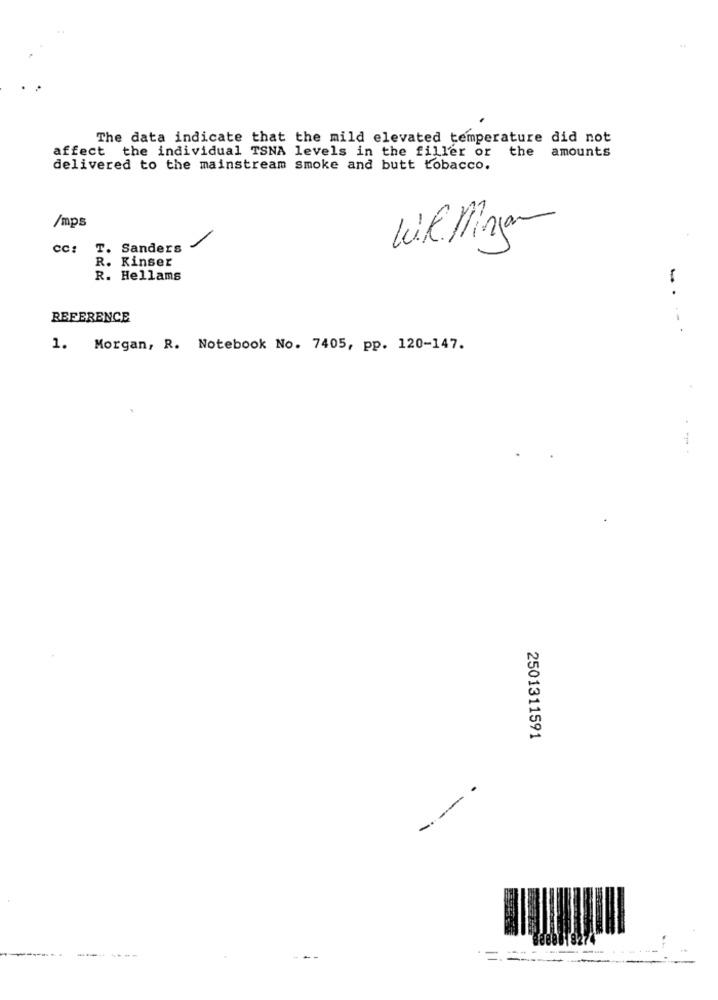
The data indicate that the mild elevated temperature did not
affect the individual TSNA levels in the filler or
the amounts
delivered to the mainstream smoke and butt tobacco.
/mps
CC:
T. Sanders
R. Kinser
R. Hellams
-.
REFERENCE
---
1. Morgan, R. Notebook No. 7405, pp. 120-147.
- --
2501311591
-- -
88018274